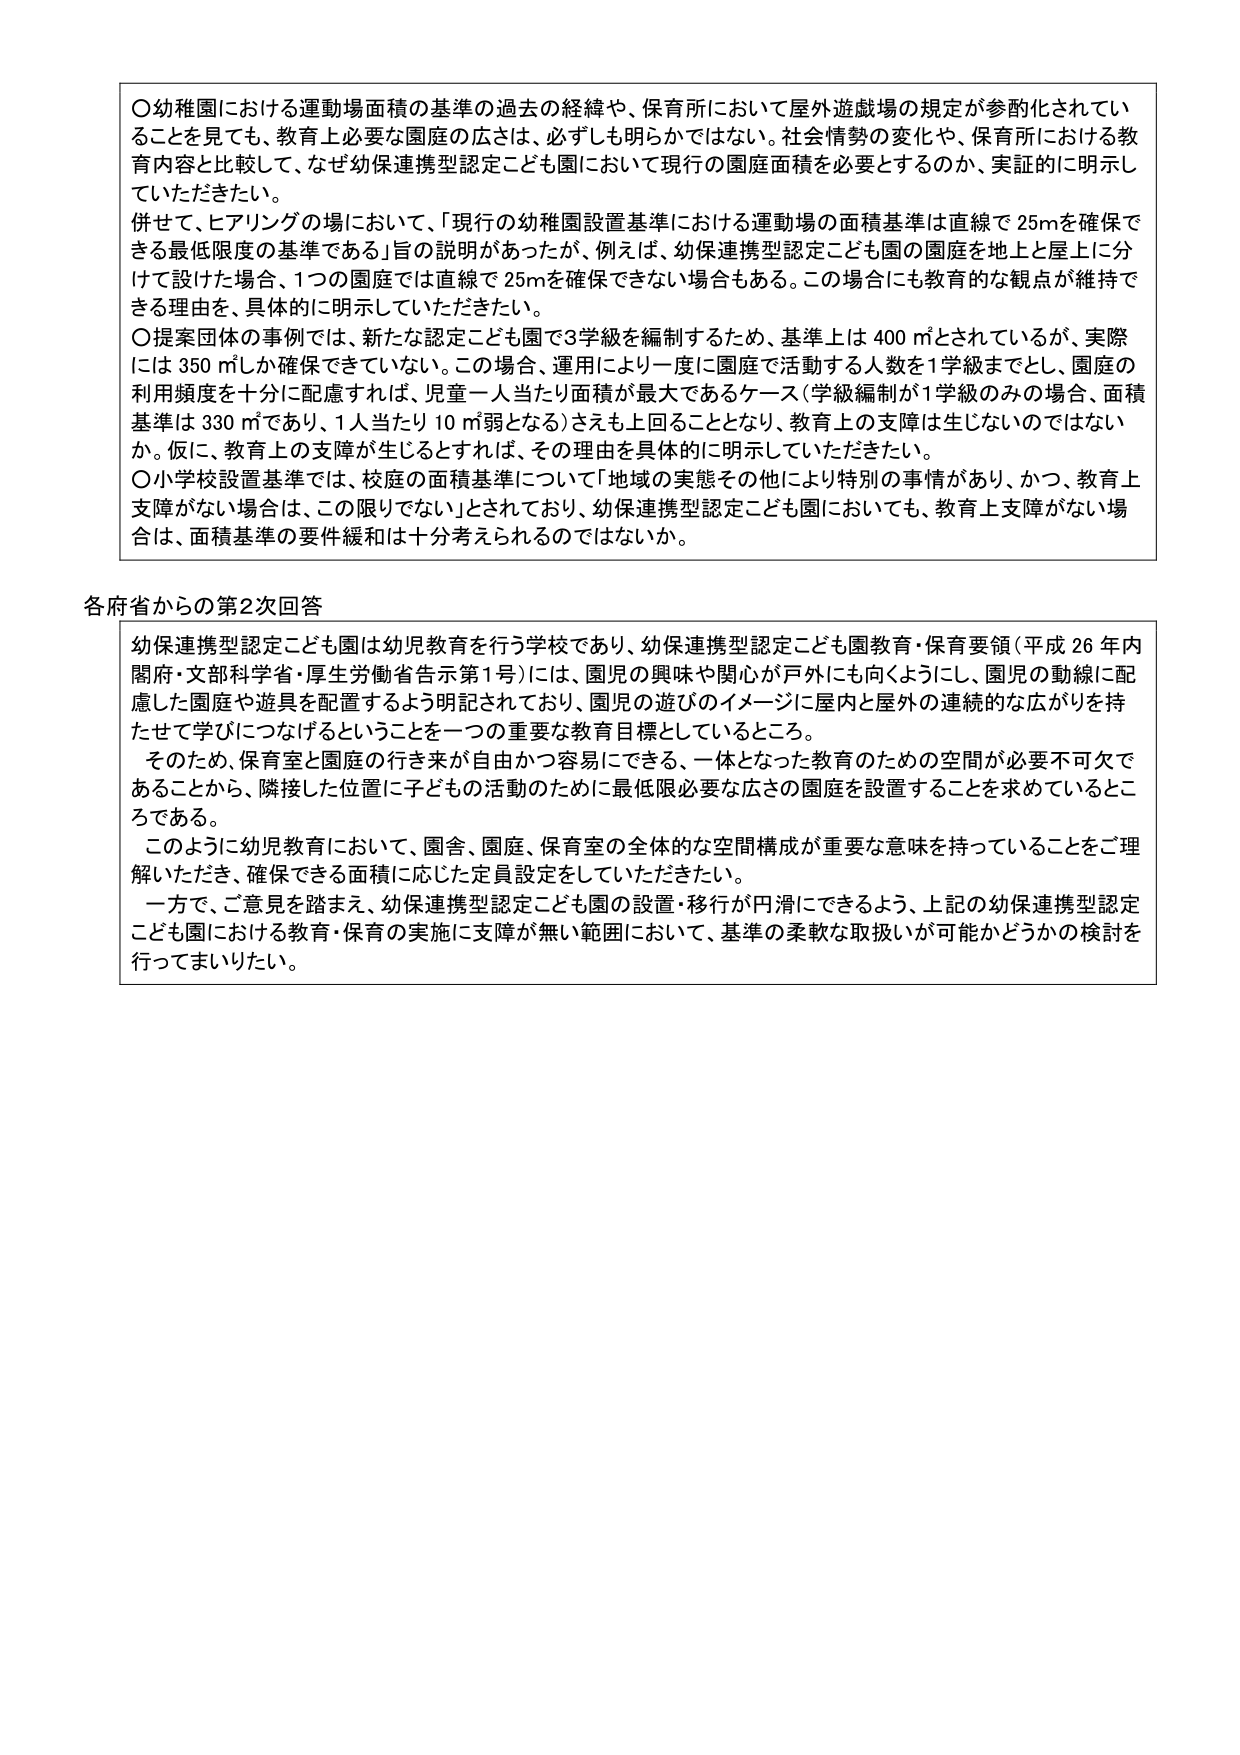
〇幼稚園における運動場面積の基準の過去の経緯や、保育所において屋外遊戯場の規定が参酌化されていることを見ても、教育上必要な園庭の広さは、必ずしも明らかではない。社会情勢の変化や、保育所における教育内容と比較して、なぜ幼保連携型認定こども園において現行の園庭面積を必要とするのか、実証的に明示していただきたい。

併せて、ヒアリングの場において、「現行の幼稚園設置基準における運動場の面積基準は直線で25mを確保できる最低限度の基準である」旨の説明があったが、例えば、幼保連携型認定こども園の園庭を地上と屋上に分けて設けた場合、1つの園庭では直線で25mを確保できない場合もある。この場合にも教育的な観点が維持できる理由を、具体的に明示していただきたい。

〇提案団体の事例では、新たな認定こども園で3学級を編制するため、基準上は400㎡とされているが、実際には350㎡しか確保できていない。この場合、運用により一度に園庭で活動する人数を1学級までとし、園庭の利用頻度を十分に配慮すれば、児童一人当たり面積が最大であるケース（学級編制が1学級のみの場合、面積基準は330㎡であり、1人当たり10㎡弱となる）さえも上回ることとなり、教育上の支障は生じないのではないか。仮に、教育上の支障が生じるとすれば、その理由を具体的に明示していただきたい。

〇小学校設置基準では、校庭の面積基準について「地域の実態その他により特別の事情があり、かつ、教育上支障がない場合は、この限りでない」とされており、幼保連携型認定こども園においても、教育上支障がない場合は、面積基準の要件緩和は十分考えられるのではないか。

各府省からの第2次回答

幼保連携型認定こども園は幼児教育を行う学校であり、幼保連携型認定こども園教育・保育要領（平成26年内閣府・文部科学省・厚生労働省告示第1号）には、園児の興味や関心が戸外にも向くようにし、園児の動線に配慮した園庭や遊具を配置するよう明記されており、園児の遊びのイメージに屋内と屋外の連続的な広がりを持たせて学びにつなげということを一つの重要な教育目標としているところ。

そのため、保育室と園庭の行き来が自由かつ容易にできる、一体となった教育のための空間が必要不可欠であることから、隣接した位置に子どもの活動のために最低限必要な広さの園庭を設置することを求めているところである。

このように幼児教育において、園舎、園庭、保育室の全体的な空間構成が重要な意味を持っていることをご理解いただき、確保できる面積に応じた定員設定をしていただきたい。

一方で、ご意見を踏まえ、幼保連携型認定こども園の設置・移行が円滑にできるよう、上記の幼保連携型認定こども園における教育・保育の実施に支障が無い範囲において、基準の柔軟な取扱いが可能かどうかの検討を行ってまいりたい。